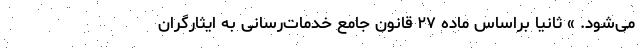
می‌شود. » ثانیاً براساس ماده ۲۷ قانون جامع خدمات‌رسانی به ایثارگران